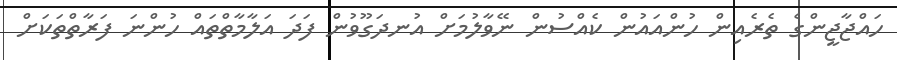
ހައްޖާޖީންގެ ތެރެއިން ހުންއައުން ކެއްސުން ނޭވާލުމަށް އުނދަގޫވުން ފަދަ އަލާމާތްތައް ހުންނަ ފަރާތްތަކަށް